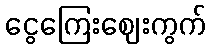
ငွေကြေးဈေးကွက်